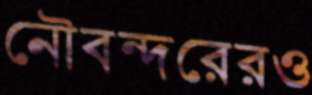
নৌবন্দরেরও